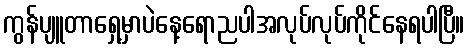
ကွန်ပျူတာရှေ့မှာပဲနေ့ရောညပါအလုပ်လုပ်ကိုင်နေရပါပြီ။